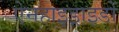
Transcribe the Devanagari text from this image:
ऐनहाइड्राइडों